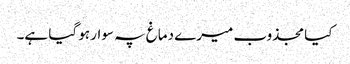
کیا مجذوب میرے دماغ پہ سوار ہو گیا ہے۔